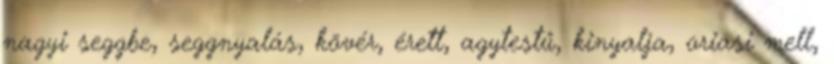
nagyi seggbe, seggnyalás, kövér, érett, agytestű, kinyalja, oriasi mell,